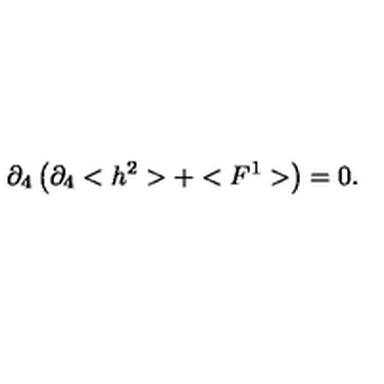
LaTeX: \partial _ { 4 } \left( \partial _ { 4 } < h ^ { 2 } > + < F ^ { 1 } > \right) = 0 .